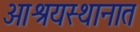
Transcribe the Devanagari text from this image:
आश्रयस्थानात